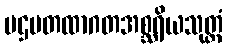
ပဌမတထာဂတအစ္ဆရိယသုတ္တံ